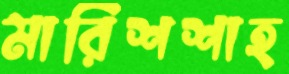
মারিশশাহ